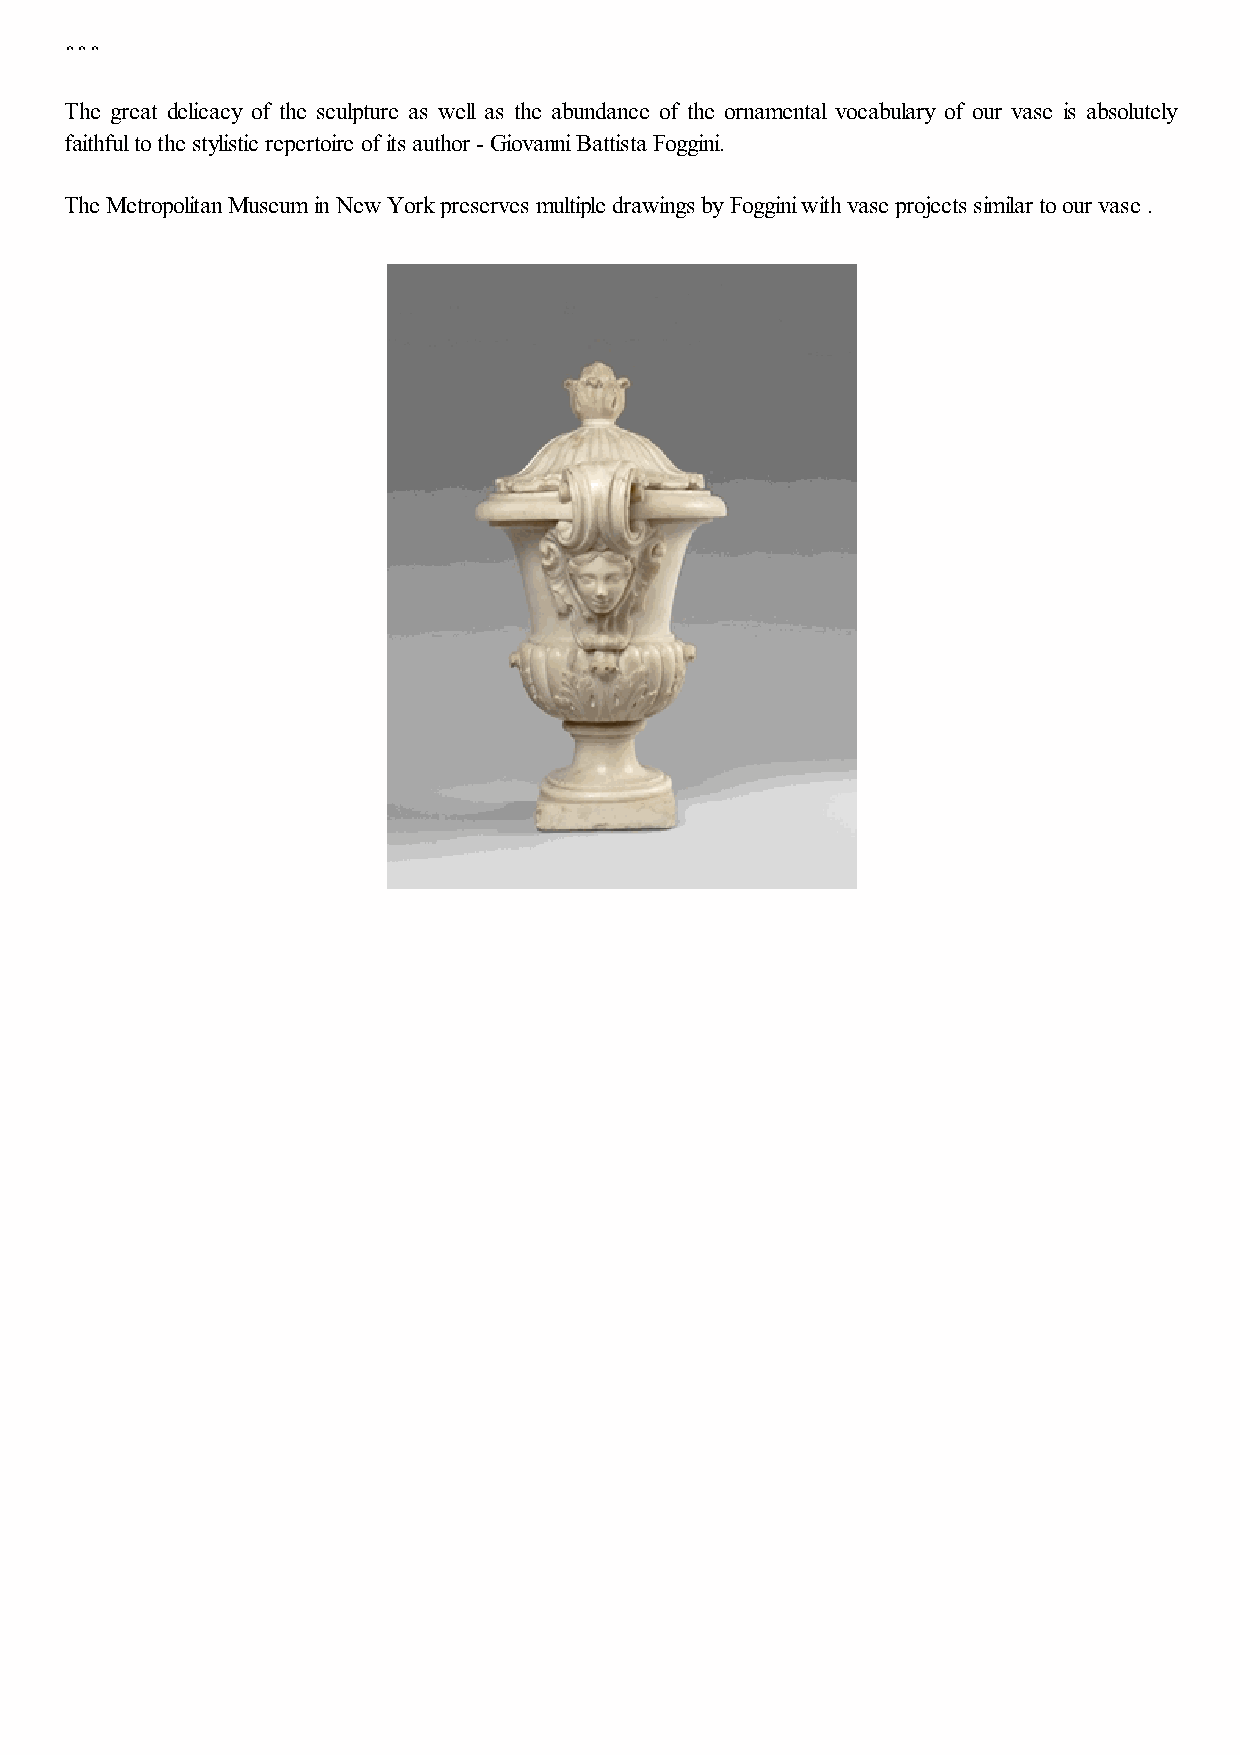
***
 The great delicacy of the sculpture as well as the abundance of the ornamental vocabulary of our vase is absolutely
 faithful to the stylistic repertoire of its author - Giovanni Battista Foggini.
 The Metropolitan Museum in New York preserves multiple drawings by Foggini with vase projects similar to our vase .